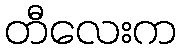
တီလေးက